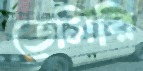
ডেসিরি